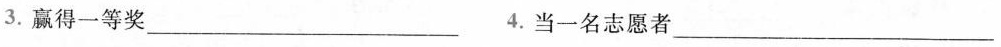
3.赢得一等奖___4.当一名志愿者___